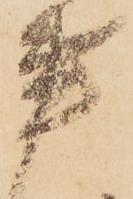
事